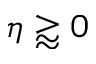
\eta \gtrapprox 0